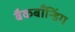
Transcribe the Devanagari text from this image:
बैकबॉंन्डिंग